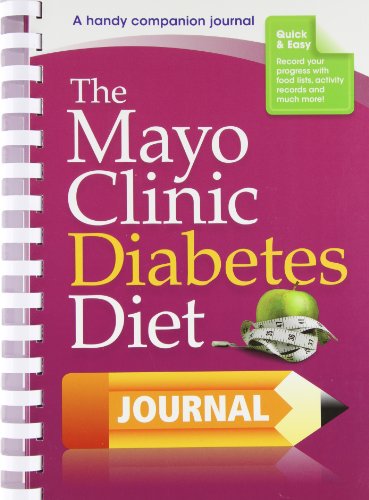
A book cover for The Mayo Clinic Diabetes Diet Journal: A handy companion journal; the weight-loss experts at Mayo Clinic; Health, Fitness & Dieting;